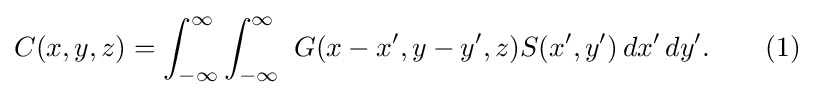
C(x,y,z)=\int _{-\infty }^{\infty }\int _{-\infty }^{\infty }\ G(x-x',y-y',z)S(x',y')\,dx'\,dy'.\qquad (1)